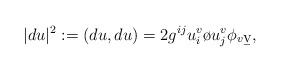
LaTeX: \begin{align*}|du|^2:=(du,du)=2g^{ij}u^v_i\o{u^v_j}\phi_{v\b{v}},\end{align*}